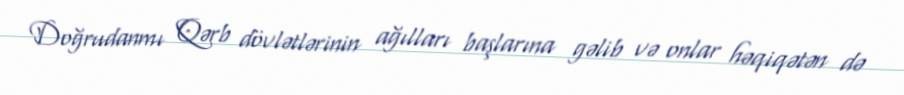
Doğrudanmı Qərb dövlətlərinin ağılları başlarına gəlib və onlar həqiqətən də